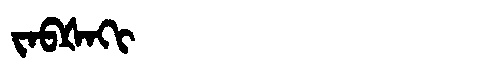
Manchu: ᠵᠠᠪᡧᠠᡴᡳ
Romanization: JABŠAKI